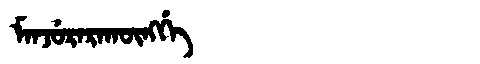
Manchu: ᠮᠠᠨᠵᡠᡵᠠᡵᠠᡴᡡᠩᡤᡝ
Romanization: MANJURARAKŪNGGE